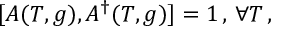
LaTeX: [ A ( T , g ) , A ^ { \dag } ( T , g ) ] = 1 \, , \, \forall T \, ,